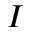
\boldsymbol { I }